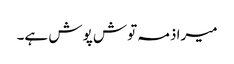
میرا ذمہ توش پوش ہے۔